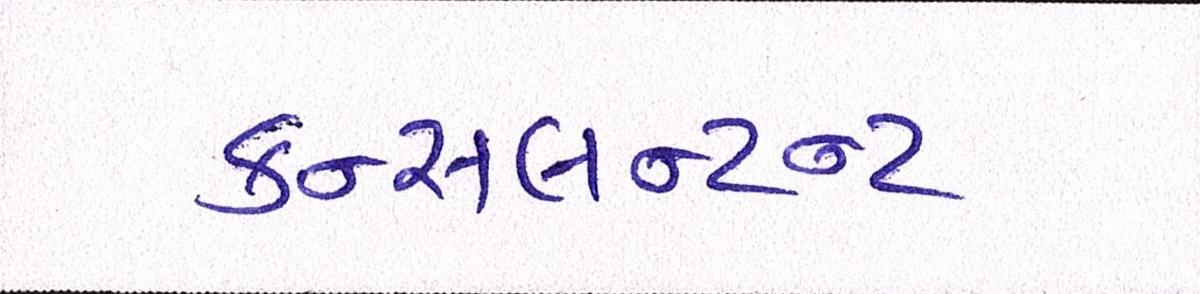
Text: કન્સલન્ટન્ટ